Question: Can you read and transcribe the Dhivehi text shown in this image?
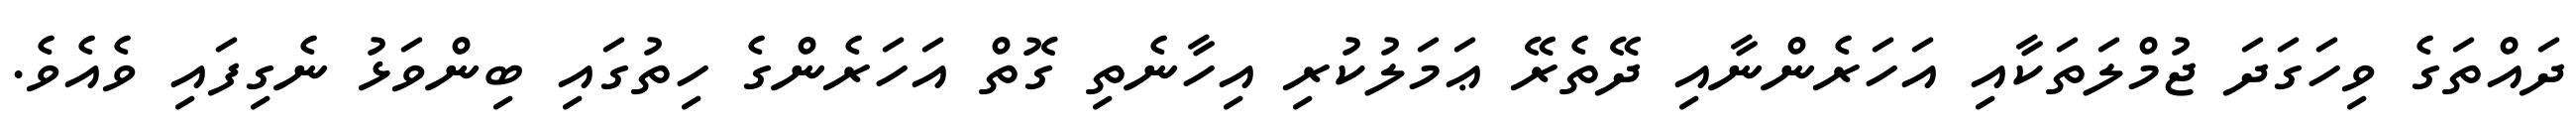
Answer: ދައްތަގެ ވިހަގަދަ ޖުމްލަތަކާއި އަހަރެންނާއި ދޭތެރޭ ޢަމަލުކުރި އިހާނެތި ގޮތް އަހަރެންގެ ހިތުގައި ބިންވަޅު ނެގިފައި ވެއެވެ.